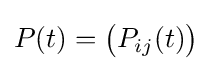
P(t)={\big (}P_{ij}(t){\big )}